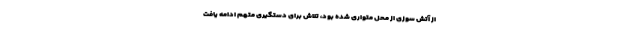
از آتش سوزی از محل متواری شده بود، تلاش برای دستگیری متهم ادامه یافت